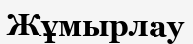
Жұмырлау